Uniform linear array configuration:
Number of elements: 24
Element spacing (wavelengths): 0.75
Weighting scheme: uniform
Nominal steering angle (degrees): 30
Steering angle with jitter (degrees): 29.651
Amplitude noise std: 0.05
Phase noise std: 0.05

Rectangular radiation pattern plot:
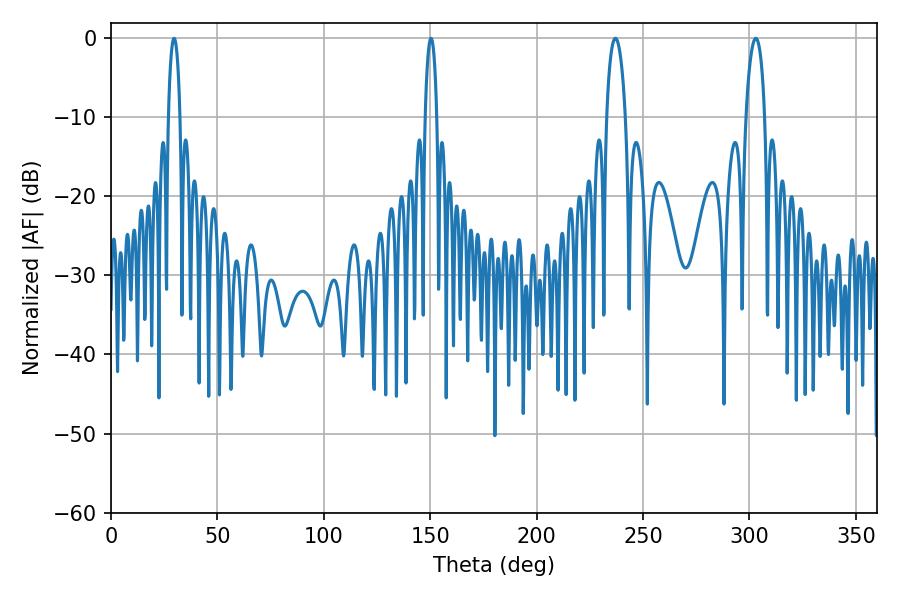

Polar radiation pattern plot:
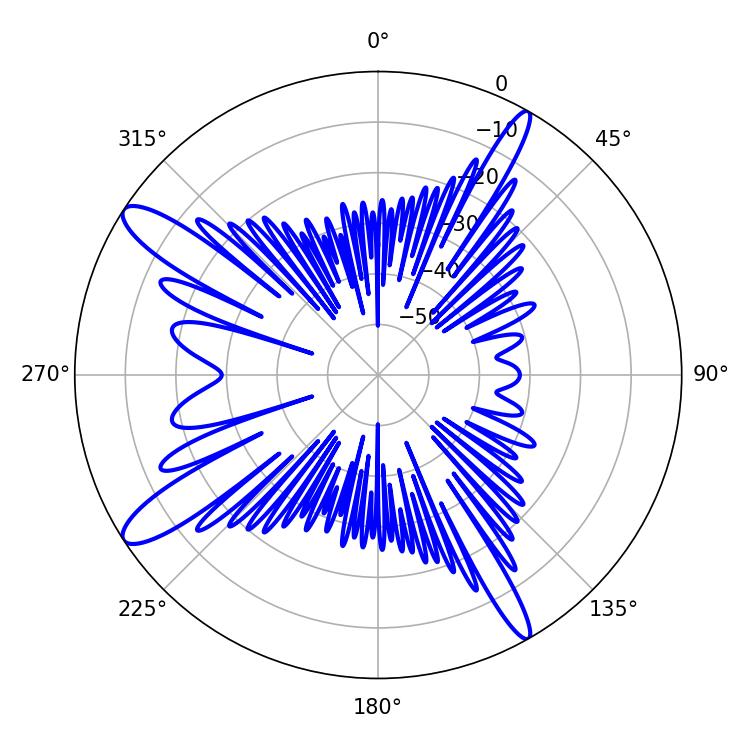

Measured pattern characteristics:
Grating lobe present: TRUE
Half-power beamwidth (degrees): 5.04
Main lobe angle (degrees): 237.06